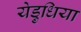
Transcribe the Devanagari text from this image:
येड़ुधिया